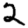
Digit: 2